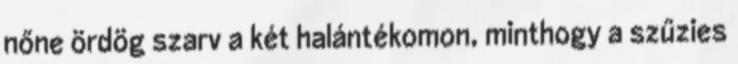
nőne ördög szarv a két halántékomon, minthogy a szűzies